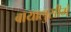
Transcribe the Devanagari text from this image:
बायालुसीमे